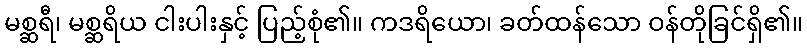
မစ္ဆရီ၊ မစ္ဆရိယ ငါးပါးနှင့် ပြည့်စုံ၏။ ကဒရိယော၊ ခတ်ထန်သော ဝန်တိုခြင်ရှိ၏။